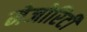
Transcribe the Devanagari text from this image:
मेजोरिटी